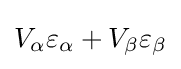
V_{\alpha }\varepsilon _{\alpha }+V_{\beta }\varepsilon _{\beta }